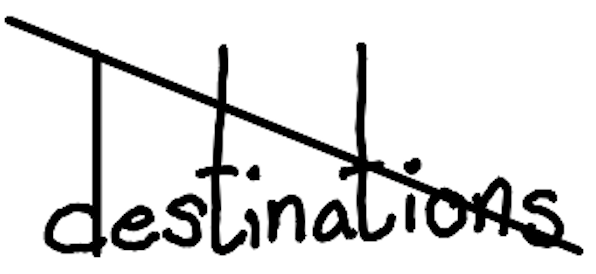
Text: destinations
Cross-out: diagonal
Writing tool: digital_black